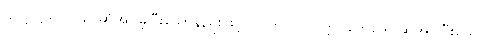
(ဥက္ကဋ္ဌသပိတ်၌ ဆိုအပ်ခဲ့ပြီးသောနည်းဖြင့်ပင် ဟူလို၊) ဝုတ္တပ္ပဘေဒေါ၊ ဆိုအပ်ပြီးသော